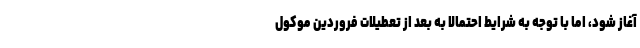
آغاز شود، اما با توجه به شرایط احتمالا به بعد از تعطیلات فروردین موکول